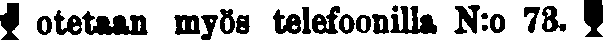
# otetaan myös telefoonilla N:o 73. #